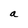
Character: a